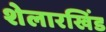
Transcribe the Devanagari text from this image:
शेलारखिंड